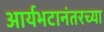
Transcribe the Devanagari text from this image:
आर्यभटानंतरच्या